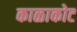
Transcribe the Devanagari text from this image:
काळाकोट